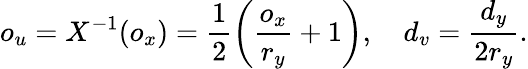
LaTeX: o_{u}=X^{-1}(o_{x})=\frac{1}{2}\left(\frac{o_{x}}{r_{y}}+1\right),\quad d_{v}=\frac{d_{y}}{2r_{y}}.